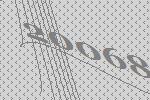
20068